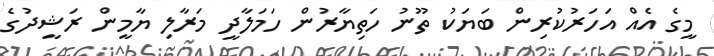
މީގެ އެއް އަހަރުކުރިން ބަޔަކު ތޫނު ހަތިޔާރުން ހަމަލާދީ މަރާލި ޔާމީން ރަޝީދުގެ